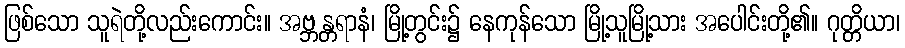
ဖြစ်သော သူရဲတို့လည်းကောင်း။ အဗ္ဘန္တရာနံ၊ မြို့တွင်း၌ နေကုန်သော မြို့သူမြို့သား အပေါင်းတို့၏။ ဂုတ္တိယာ၊